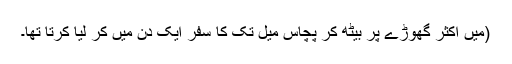
(میں اکثر گھوڑے پر بیٹھ کر پچاس میل تک کا سفر ایک دن میں کر لیا کرتا تھا۔